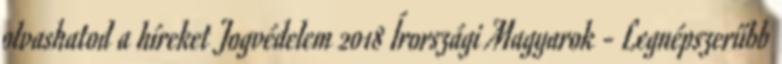
olvashatod a híreket Jogvédelem 2018 Írországi Magyarok - Legnépszerűbb